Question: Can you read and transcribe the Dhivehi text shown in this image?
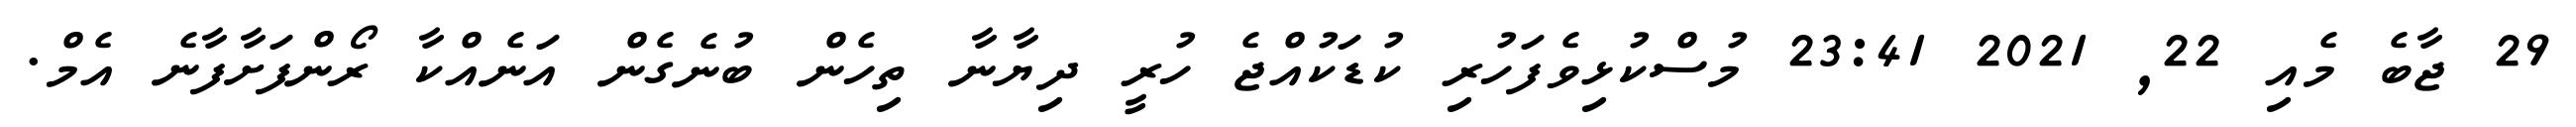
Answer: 29 ޖާބެ މެއި 22, 2021 23:41 މުސްކުޅިވެފަހުރި ކުޑަކުއްޖެ ހުރީ ދިޔާނާ ތިހެން ބުނެގެން އަނެއްކާ ރޯންފަށާފާނެ އެމް.